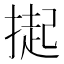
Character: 𭡳